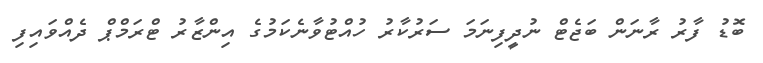
ބޮޑު ފާރު ރާނަން ބަޖެޓް ނުދީފިނަމަ ސަރުކާރު ހުއްޓުވާނެކަމުގެ އިންޒާރު ޓްރަމްޕް ދެއްވައިފި